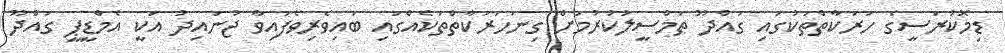
ޑިމޮކުރަސީގެ ހަރަކާތްތަކުގައި ގައްދޫ ތަމްސީލުކުރުމަށް ގިނަހަރަކާތްތަކެއްގައި ބައިވެރިވެފައިވާ ޖުނައިދު އަކީ އެމްޑީޕީ ގައްދޫ